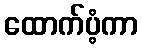
ထောက်ပံ့ကာ